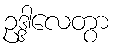
ဥဒ္ဒါလေတွာ